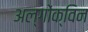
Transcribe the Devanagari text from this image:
अल्गोंक्विन